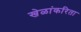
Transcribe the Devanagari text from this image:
खेळांकरिता